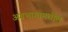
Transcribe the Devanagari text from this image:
अग्रभागामधील